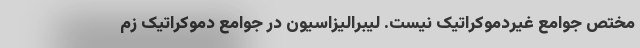
مختص جوامع غیردموکراتیک نیست. لیبرالیزاسیون در جوامع دموکراتیک زم